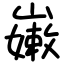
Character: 𡽫